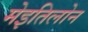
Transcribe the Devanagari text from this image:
मेइतिलोन